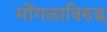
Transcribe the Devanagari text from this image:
मोंगलाविरुद्ध